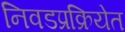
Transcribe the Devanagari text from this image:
निवडप्रक्रियेत